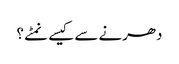
دھرنے سے کیسے نمٹے ؟